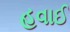
હવાઈ